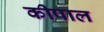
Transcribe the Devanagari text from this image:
कीपाल